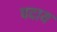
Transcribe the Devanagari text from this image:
पदाय